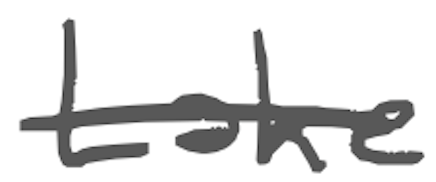
Text: Lake
Cross-out: single-line
Writing tool: digital_gray